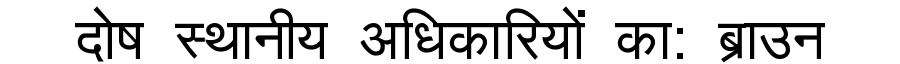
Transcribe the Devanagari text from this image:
दोष स्थानीय अधिकारियों का: ब्राउन